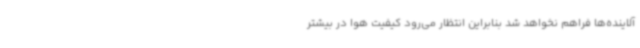
آلاینده‌ها فراهم نخواهد شد بنابراین انتظار می‌رود کیفیت هوا در بیشتر